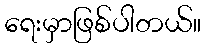
ရေးမှာဖြစ်ပါတယ်။